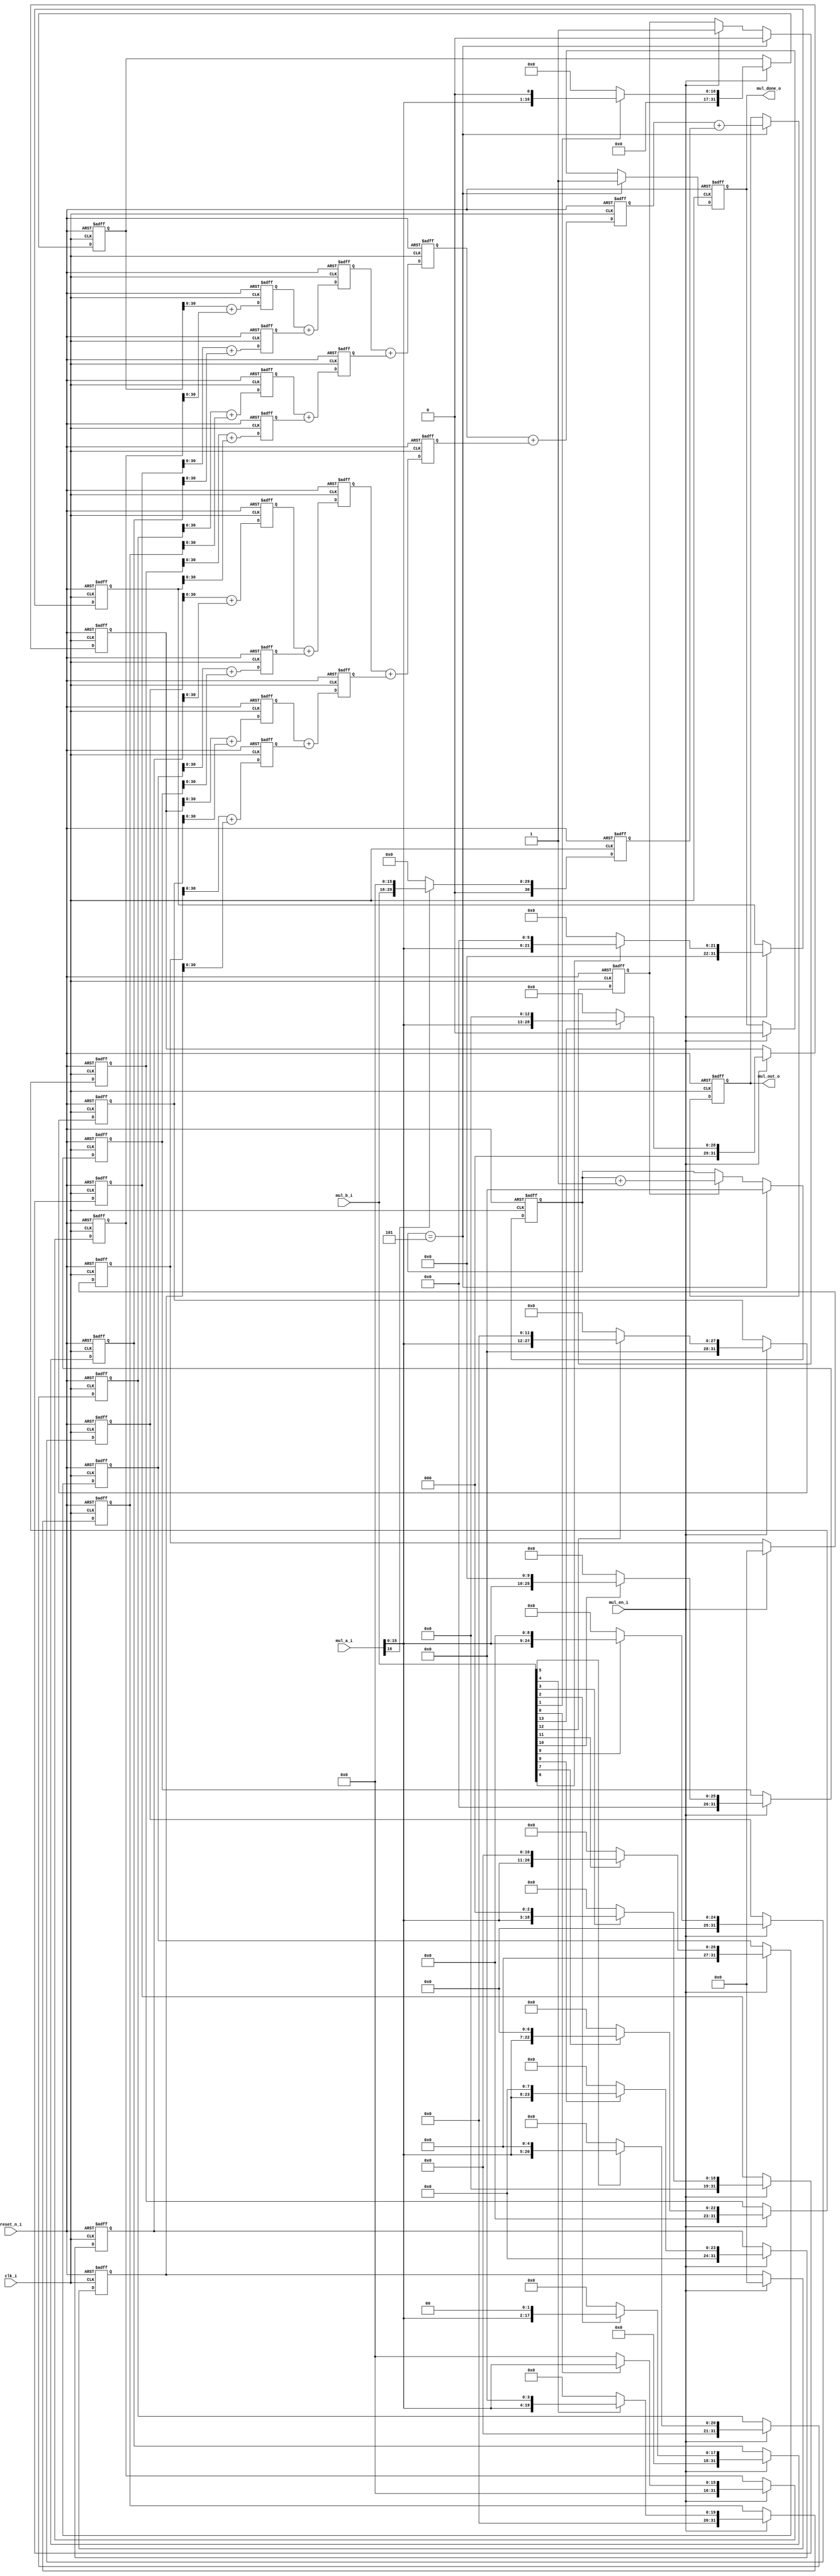
// Company           :   tud
//
// Project Name      :   p_eval
// Subproject Name   :   s_iic
// Description       :   <17 * 14 multiplier module>
//
// Last Change       :   $Date: 2022-06-07 21:29:35 +0200 (Tue, 07 Jun 2022) $
// by                :   $Author: zhuowang $
//------------------------------------------------------------
module mul (
    clk_i,
    reset_n_i,
    mul_a_i,
    mul_b_i,
    mul_en_i,
    mul_out_o,
    mul_done_o 
); //17 x 14 
    input               clk_i,reset_n_i;
    input   [16:0]      mul_a_i;
    input   [13:0]      mul_b_i;
    input               mul_en_i;
    output  [30:0]      mul_out_o;
    output              mul_done_o;
    
    reg     [30:0]      mul_out_o;
    reg     [31:0]      mul_out_l;
    reg     [32:0]      mul_out_h;
//    wire    [32:0]      mul_res;
    reg                 mul_done_o;
    reg     [31:0]      store15,store14,store13,store12,store11,store10,store9,store8,
                        store7,store6,store5,store4,store3,store2,store1,store0;    
    reg     [31:0]      add01,add23,add45,add67,add89,add1011,add1213,add1415;
    reg     [31:0]      add0123,add4567,add891011,add12131415;
    reg     [31:0]      add01234567,add89101112131415;
    reg     [3:0]       delay;
    reg                 cnt_start;

//    assign  mul_res = mul_out_l + mul_out_h;
    always @ (posedge clk_i or negedge reset_n_i)
    begin
        if(!reset_n_i)
            begin
                store15 <= 32'b0;
                store14 <= 32'b0;
                store13 <= 32'b0;
                store12 <= 32'b0;
                store11 <= 32'b0;
                store10 <= 32'b0;
                store9 <= 32'b0;
                store8 <= 32'b0;
                store7 <= 32'b0;
                store6 <= 32'b0;
                store5 <= 32'b0;
                store4 <= 32'b0;
                store3 <= 32'b0;
                store2 <= 32'b0;
                store1 <= 32'b0;
                store0 <= 32'b0;
                add01  <= 32'b0;
                add23  <= 32'b0;
                add45  <= 32'b0;
                add67  <= 32'b0;
                add89  <= 32'b0;
                add1011  <= 32'b0;
                add1213  <= 32'b0;
                add1415  <= 32'b0;
                add0123  <= 32'b0;
                add4567  <= 32'b0;
                add891011  <= 32'b0;
                add12131415  <= 32'b0;
                add01234567  <= 32'b0;
                add89101112131415  <= 32'b0;
                delay <= 4'b0;
                mul_out_l <= 32'b0;
                mul_out_h <= 33'b0;
                mul_done_o <=1'b0;
                mul_out_o <= 32'b0;
                cnt_start <= 1'b0;
            end
        else
            begin
                if (mul_en_i)begin
                    mul_done_o <=1'b0;
                    cnt_start <= 1'b1;
                    store15 <= 0;
                    store14 <= 0;
                    store13 <= mul_b_i[13] ? {3'b0,mul_a_i[15:0],13'b0}:32'b0;
                    store12 <= mul_b_i[12] ? {4'b0,mul_a_i[15:0],12'b0}:32'b0;
                    store11 <= mul_b_i[11] ? {5'b0,mul_a_i[15:0],11'b0}:32'b0;
                    store10 <= mul_b_i[10] ? {6'b0,mul_a_i[15:0],10'b0}:32'b0;
                    store9 <= mul_b_i[9] ? {7'b0,mul_a_i[15:0],9'b0}:32'b0;
                    store8 <= mul_b_i[8] ? {8'b0,mul_a_i[15:0],8'b0}:32'b0;
                    store7 <= mul_b_i[7] ? {9'b0,mul_a_i[15:0],7'b0}:32'b0;
                    store6 <= mul_b_i[6] ? {10'b0,mul_a_i[15:0],6'b0}:32'b0;
                    store5 <= mul_b_i[5] ? {11'b0,mul_a_i[15:0],5'b0}:32'b0;
                    store4 <= mul_b_i[4] ? {12'b0,mul_a_i[15:0],4'b0}:32'b0;
                    store3 <= mul_b_i[3] ? {13'b0,mul_a_i[15:0],3'b0}:32'b0;
                    store2 <= mul_b_i[2] ? {14'b0,mul_a_i[15:0],2'b0}:32'b0;
                    store1 <= mul_b_i[1] ? {15'b0,mul_a_i[15:0],1'b0}:32'b0;
                    store0 <= mul_b_i[0] ? {16'b0,mul_a_i[15:0]}:32'b0;
                end
                

                add1415  <= store15 + store14;
                add1213  <= store13 + store12;
                add1011  <= store11 + store10;
                add89  <= store9 + store8;
                add67  <= store7 + store6;
                add45  <= store5 + store4;
                add23  <= store3 + store2;
                add01  <= store1 + store0;

                add0123  <= add01 + add23;
                add4567  <= add45 + add67;
                add891011  <= add89 + add1011;
                add12131415  <= add1213 + add1415;

                add01234567 <= add0123 + add4567;
                add89101112131415 <= add891011 + add12131415;

                mul_out_l <= add01234567 + add89101112131415;
                mul_out_h <= (mul_a_i[16]) ? (mul_b_i << 16) : 33'b0;

                

                if(cnt_start) begin
                    delay <= delay + 1;       
                end
                if (delay == 5)begin
                    mul_done_o <= 1'b1;
                    cnt_start <= 1'b0;
                    delay <= 0;
                    mul_out_o <= mul_out_l + mul_out_h;
                end
                     
            end
    end
endmodule